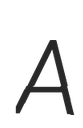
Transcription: A